Leaving Certificate, 1898
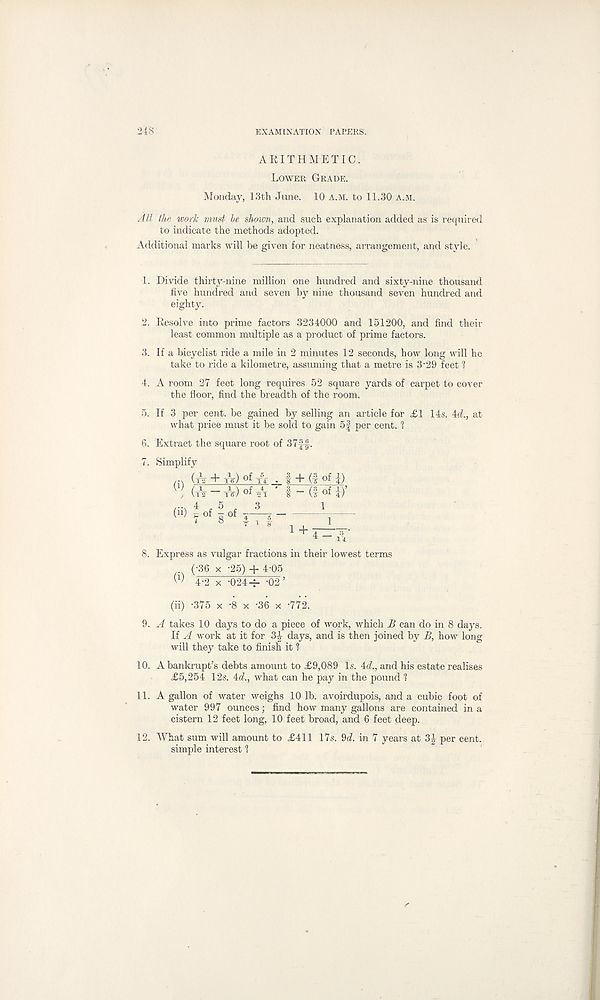
■ 2iS
EXAMINATION PAPERS.
ARITHMETIC.
Lower Grade.
Monday, 13th June. 10 A.M. to 11.30 A.M.
All the work must be shown, and such explanation added as is required
to indicate the methods adopted.
Additional marks will be given for neatness, arrangement, and style.
1. Divide thirty-nine million one hundred and sixty-nine thousand
five hundred and seven by nine thousand seven hundred and
eighty.
2. Resolve into prime factors 3234000 and 151200, and find their
least common multiple as a product of prime factors.
3. If a bicyclist ride a mile in 2 minutes 12 seconds, how long will he
take to ride a kilometre, assuming that a metre is 3-29 feet ?
4. A room 27 feet long requires 52 square yards of carpet to cover
the floor, find the breadth of the room.
5. If 3 per cent, be gained by selling an article for £1 14s. id., at
what price must it be sold to gain 5f per cent. ?
6. Extract the square root of 37ff.
7. Simplify
/•\ (tV + tV) T4 ■ f + (I of j)
(TV-A)ofa • t-dofiy
(ii) ^ of ! of _JL
1
1 + 1
1
4 - A
8. Express as vulgar fractions in their lowest terms
(•36 x -25) + 4-05
(i) 4-2 x •024-r- -02’
(ii) -375 x -8 x -36 x -772.
9. A takes 10 days to do a piece of work, which B can do in 8 days.
If A work at it for 3^ days, and is then joined by B, how long
will they take to finish it ?
10. A bankrupt’s debts amount to £9,089 Is. id., and his estate realises
£5,254 12s. id., what can he pay in the pound 1
11. A gallon of water weighs 10 lb. avoirdupois, and a cubic foot of
water 997 ounces; find how many gallons are contained in a
cistern 12 feet long, 10 feet broad, and 6 feet deep.
12. What sum will amount to £411 17s. 9d. in 7 years at 3J per cent.
simple interest 1